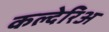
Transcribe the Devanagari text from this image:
कल्देरिअ